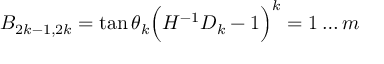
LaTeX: B _ { 2 k - 1 , 2 k } = \tan \theta _ { k } \Big ( H ^ { - 1 } D _ { k } - 1 \Big ) \sp k = 1 \ldots m